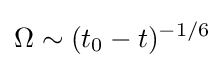
\Omega \sim (t_{0}-t)^{-1/6}